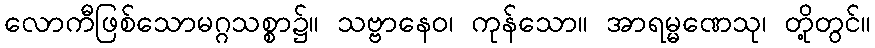
လောကီဖြစ်သောမဂ္ဂသစ္စာ၌။ သဗ္ဗာနေဝ၊ ကုန်သော။ အာရမ္မဏေသု၊ တို့တွင်။